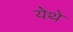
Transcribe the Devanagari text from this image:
येेथे